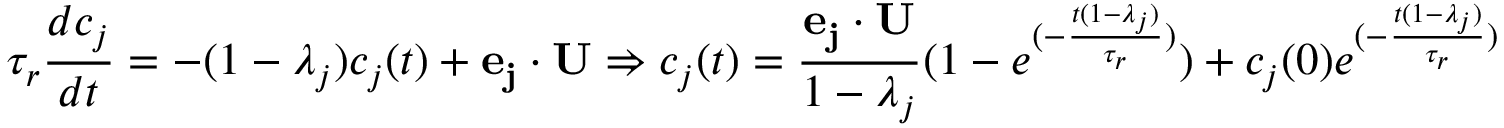
\tau _ { r } \frac { d c _ { j } } { d t } = - ( 1 - \lambda _ { j } ) c _ { j } ( t ) + \mathbf { e _ { j } } \cdot \mathbf { U } \Rightarrow c _ { j } ( t ) = \frac { \mathbf { e _ { j } } \cdot \mathbf { U } } { 1 - \lambda _ { j } } ( 1 - e ^ { ( - \frac { t ( 1 - \lambda _ { j } ) } { \tau _ { r } } ) } ) + c _ { j } ( 0 ) e ^ { ( - \frac { t ( 1 - \lambda _ { j } ) } { \tau _ { r } } ) }